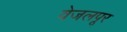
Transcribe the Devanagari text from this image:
वेजलपूर